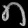
Digit: ၈